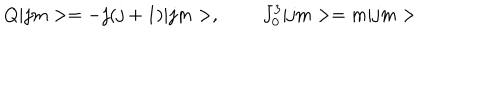
LaTeX: Q | j m > = - j ( j + 1 ) | j m > , \; \; J _ { 0 } ^ { 3 } | j m > = m | j m >